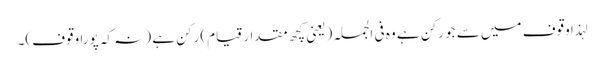
لہذا وقوف میں سے جو رکن ہے وہ فی الجملہ (یعنی کچھ مقدار قیام) رکن ہے (نہ کہ پورا وقوف)۔